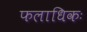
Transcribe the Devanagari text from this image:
फलाधिकः